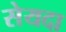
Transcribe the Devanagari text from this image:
सेयदा